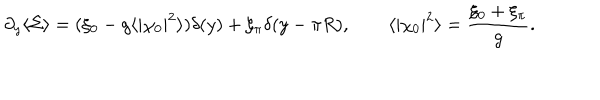
\partial _ { y } \langle \Sigma \rangle = ( \xi _ { 0 } - g \langle | \chi _ { 0 } | ^ { 2 } \rangle ) \delta ( y ) + \xi _ { \pi } \delta ( y - \pi R ) , \qquad \langle | \chi _ { 0 } | ^ { 2 } \rangle = { \frac { \xi _ { 0 } + \xi _ { \pi } } { g } } .